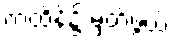
ကထိန်၌ မှတ်ဖွယ်